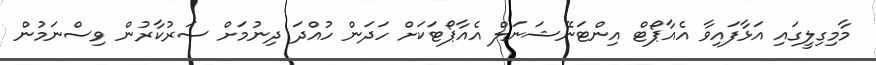
މާމިގިލީގައި އަޅާފައިވާ އެއާޕޯޓް އިންޓަނޭޝަނަލް އެއާޕޯޓަކަށް ހަދަން ހުއްދަ ދިނުމަށް ސަރުކާރުން ވިސްނަމުން